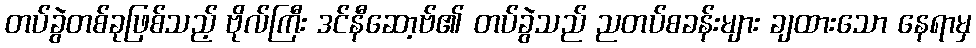
တပ်ခွဲတစ်ခုဖြစ်သည့် ဗိုလ်ကြီး ဒင်နီဆော့ဗ်၏ တပ်ခွဲသည် ညတပ်စခန်းများ ချထားသော နေရာမှ